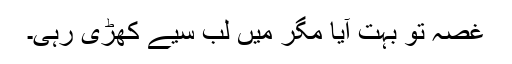
غصہ تو بہت آیا مگر میں لب سیے کھڑی رہی۔